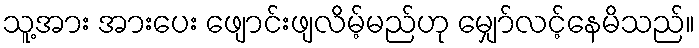
သူ့အား အားပေး ဖျောင်းဖျလိမ့်မည်ဟု မျှော်လင့်နေမိသည်။